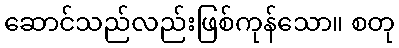
ဆောင်သည်လည်းဖြစ်ကုန်သော။ စတု